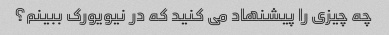
چه چیزی را پیشنهاد می کنید که در نیویورک ببینم؟